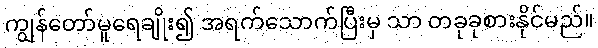
ကျွန်တော်မူရေချိုး၍ အရက်သောက်ပြီးမှ သာ တခုခုစားနိုင်မည်။